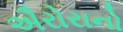
ઐરોરાનો